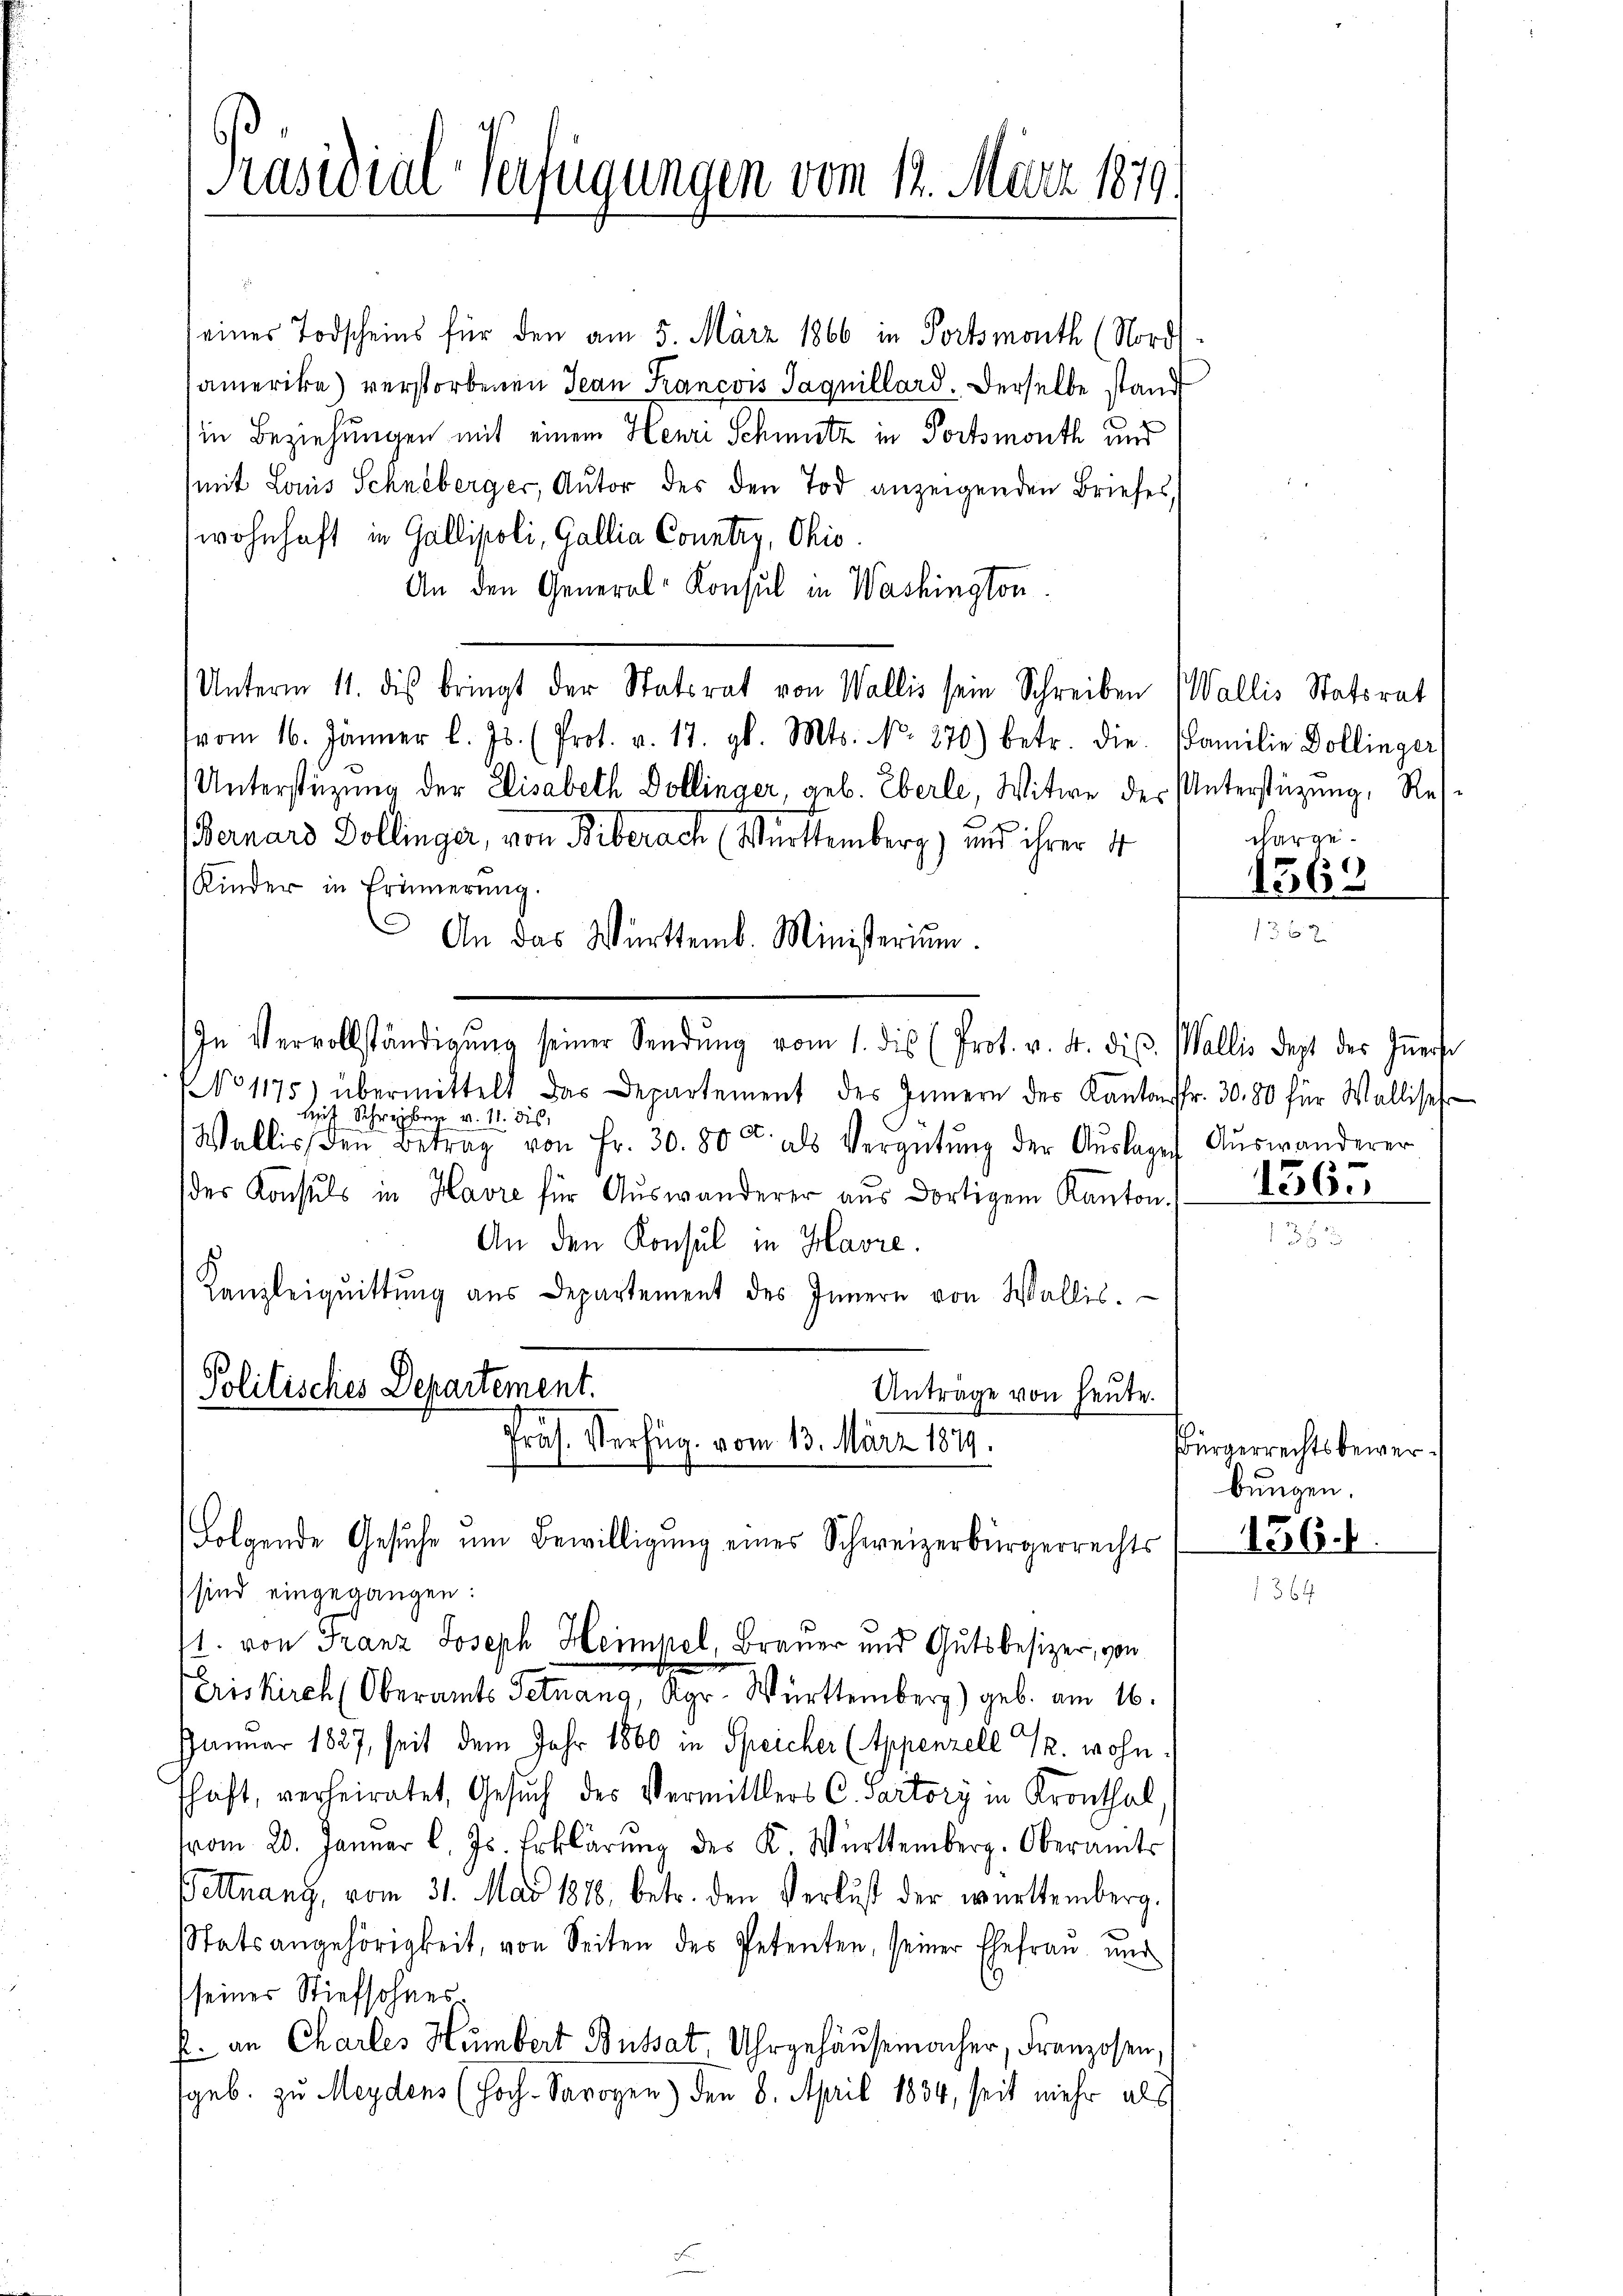
Präsidial-Verfügungen vom 12. März 1879.

eines Todscheins für den am 5. März 1866 in Fortsmouth (Norg
amerika) verstorbenen Jean Francois Jaquillard. Derselbe stand
in Beziehungen mit einem Henri Schmutz in Fortsmouth und
(mit Louis Schneberger, Autor des den Tod anzeigenden Briefes,
wohnhaft in Gallipoli, Gallia Country, Ohio
An den General-Konsul in Washington
Unterm 11. dis bringt der Statsrat von Wallis sein Schreiben Wallis Statsrat
vom 16. Jänner l. Js. (Prot. v. 17. gl. Mts. No. 370) betr. die Familie Dollinger
Unterstüzung der Elisabeth Dollinger, geb. Eberle, Witwe der Unterstüzung, Res¬
(Bernard Dollinger, von Biberach Württemberg) und ihrer 4
Kinder in Erinnerung.
An das Württemb. Ministerium.
In Vervollständigŭng seiner Sendŭng vom 1. dis (Prot. v. 4. dis. Wallis dept des Innerse
NNo 1175) übermittelt das Departement des Innern des Kantonsfr. 30. 80 für Wallisehr
Mit Schreiber v. 11. ds.
Wallis den Betrag von Fr. 30. 80 u. als Vergütŭng der Aŭslagen Auswanderer
der Konsuls in Havre für Aŭswanderer aŭs dortigem Kanton
An den Konsul in Havre.
Kanzleiqŭittŭng aus Departement des Innern von Wallis.
Politisches Departement.
Anträge von heute.

Präs. Verfüg. vom 13. März 1879.
Folgende Gesuche um Bewilligung eines Schweizerbürgerrechts

1. von Franz Joseph Heimpel, Brauer und Gutsbesizer, von

sind eingegangen:
Eriskirch (Oberamts Setnang, Kgr. Württemberg) geb. am 16.
Januar 1827, seit dem Jahr 1860 in Speicher (Appenzell T. wohn
schaft, verheiratet, Gesuch des Vermittlers Cartory in Kronthal
vom 20. Januar l. Js. Erklärŭng des K. Württemberg. Oberamts
Bettnang, vom 31. Mai 1888. betr. den Verlust der württemberg.
tatsangehörigkeit, von Seiten des Petenten, seiner Ehefrau und
seiner Stiefsohnesf. an Charles Humbert Busset. Uhrgehäŭsemacher, Franzosen,
geb. zu Meydens (Hoch-Sarogen) den 8. April 1834, seit mehr als

charge.

1569

1565

Bürgerrechtsbewerbungen.

136.1.